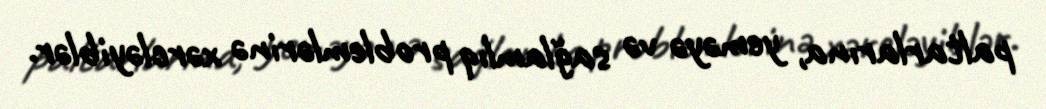
paltarlarına, yeməyə və sağlamlıq problemlərinə xərcləyiblər.